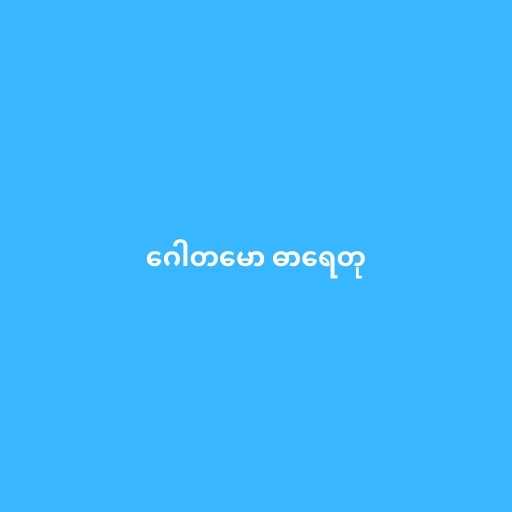
ဂေါတမော ဓာရေတု